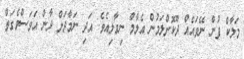
މަލާކް ފުން ނޭވައެއް ދޫކޮށްލަމުން އެލާމް ނިވާލިއެވެ. އަދި ނަމާދަށް ދާން އަވަސްވެގަތް